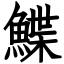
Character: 鰈